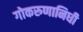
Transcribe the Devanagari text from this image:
गोकरुणानिधी